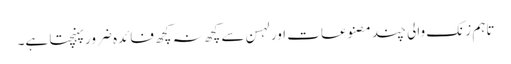
تاہم زنک والی چند مصنوعات اور لہسن سے کچھ نہ کچھ فائدہ ضرور پہنچتا ہے۔